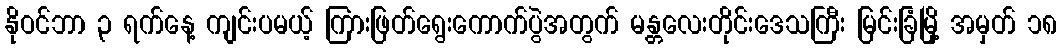
နိုဝင်ဘာ ၃ ရက်နေ့ ကျင်းပမယ့် ကြားဖြတ်ရွေးကောက်ပွဲအတွက် မန္တလေးတိုင်းဒေသကြီး မြင်းခြံမြို့ အမှတ် ၁၈